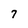
Character: 7